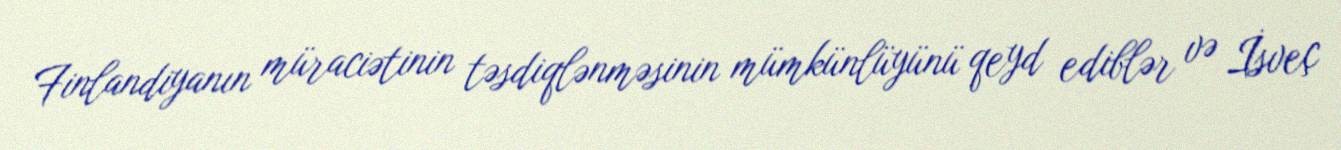
Finlandiyanın müraciətinin təsdiqlənməsinin mümkünlüyünü qeyd ediblər və İsveç